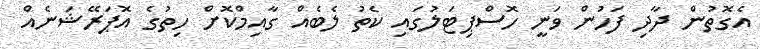
އެގޮތުން ދާދި ފަހުން ވަނީ ހޮސްޕިޓަލުގައި ކެތު ލެބެއް ގާއިމްކޮށް ހިތުގެ އޮޕަރޭޝަނެއް